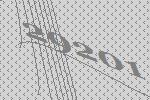
29201